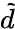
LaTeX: \tilde{d}